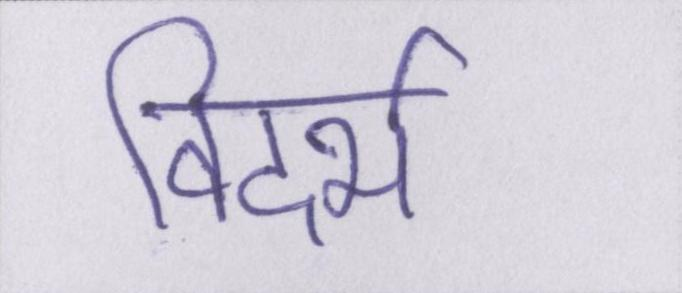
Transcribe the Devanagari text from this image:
विदर्भ